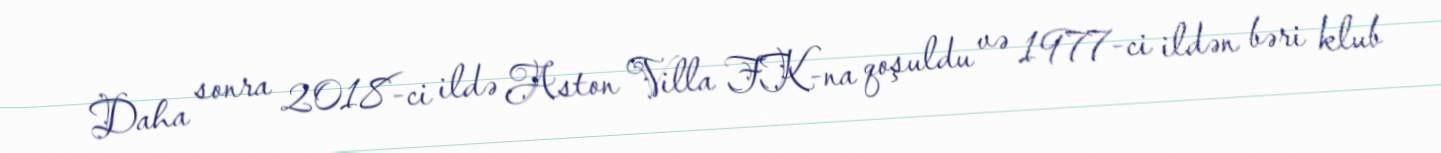
Daha sonra 2018-ci ildə Aston Villa FK-na qoşuldu və 1977-ci ildən bəri klub